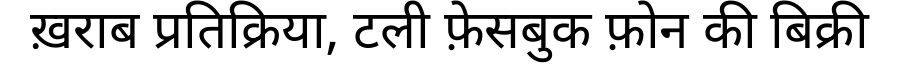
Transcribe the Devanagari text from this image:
ख़राब प्रतिक्रिया, टली फ़ेसबुक फ़ोन की बिक्री